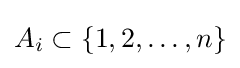
A_{i}\subset \{1,2,\dots ,n\}